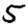
Digit: 5